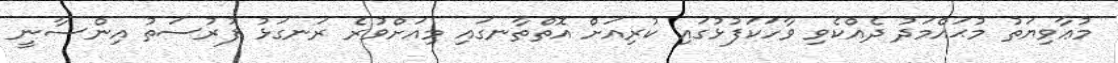
މުޢާވިޔަތު މުޙައްމަދު ދެއްކެވި ވާހަކަފުޅުގައި ކުރިއަށް އޮތްތާނގައި މިއަށްވުރެ ރަނގަޅު ފުރުސަތު އިންސާނީ